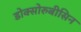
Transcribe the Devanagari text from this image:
डोक्सोरुबीसिन